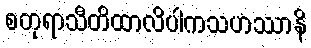
စတုရာသီတိထာလိပါကသဟဿာနိ